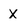
Character: x